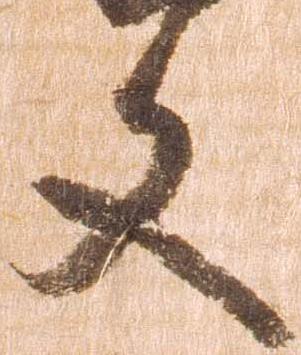
文